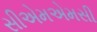
સીએમએમસી